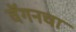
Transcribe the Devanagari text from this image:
वॅगनचा